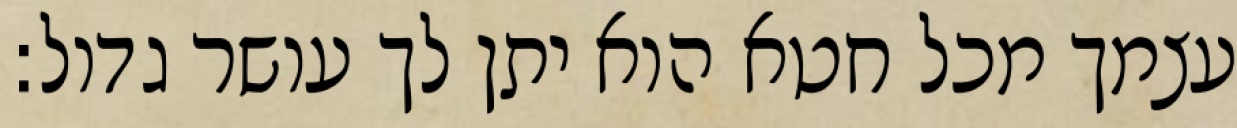
עצמך מכל חטא הוא יתן לך עושר גדול: